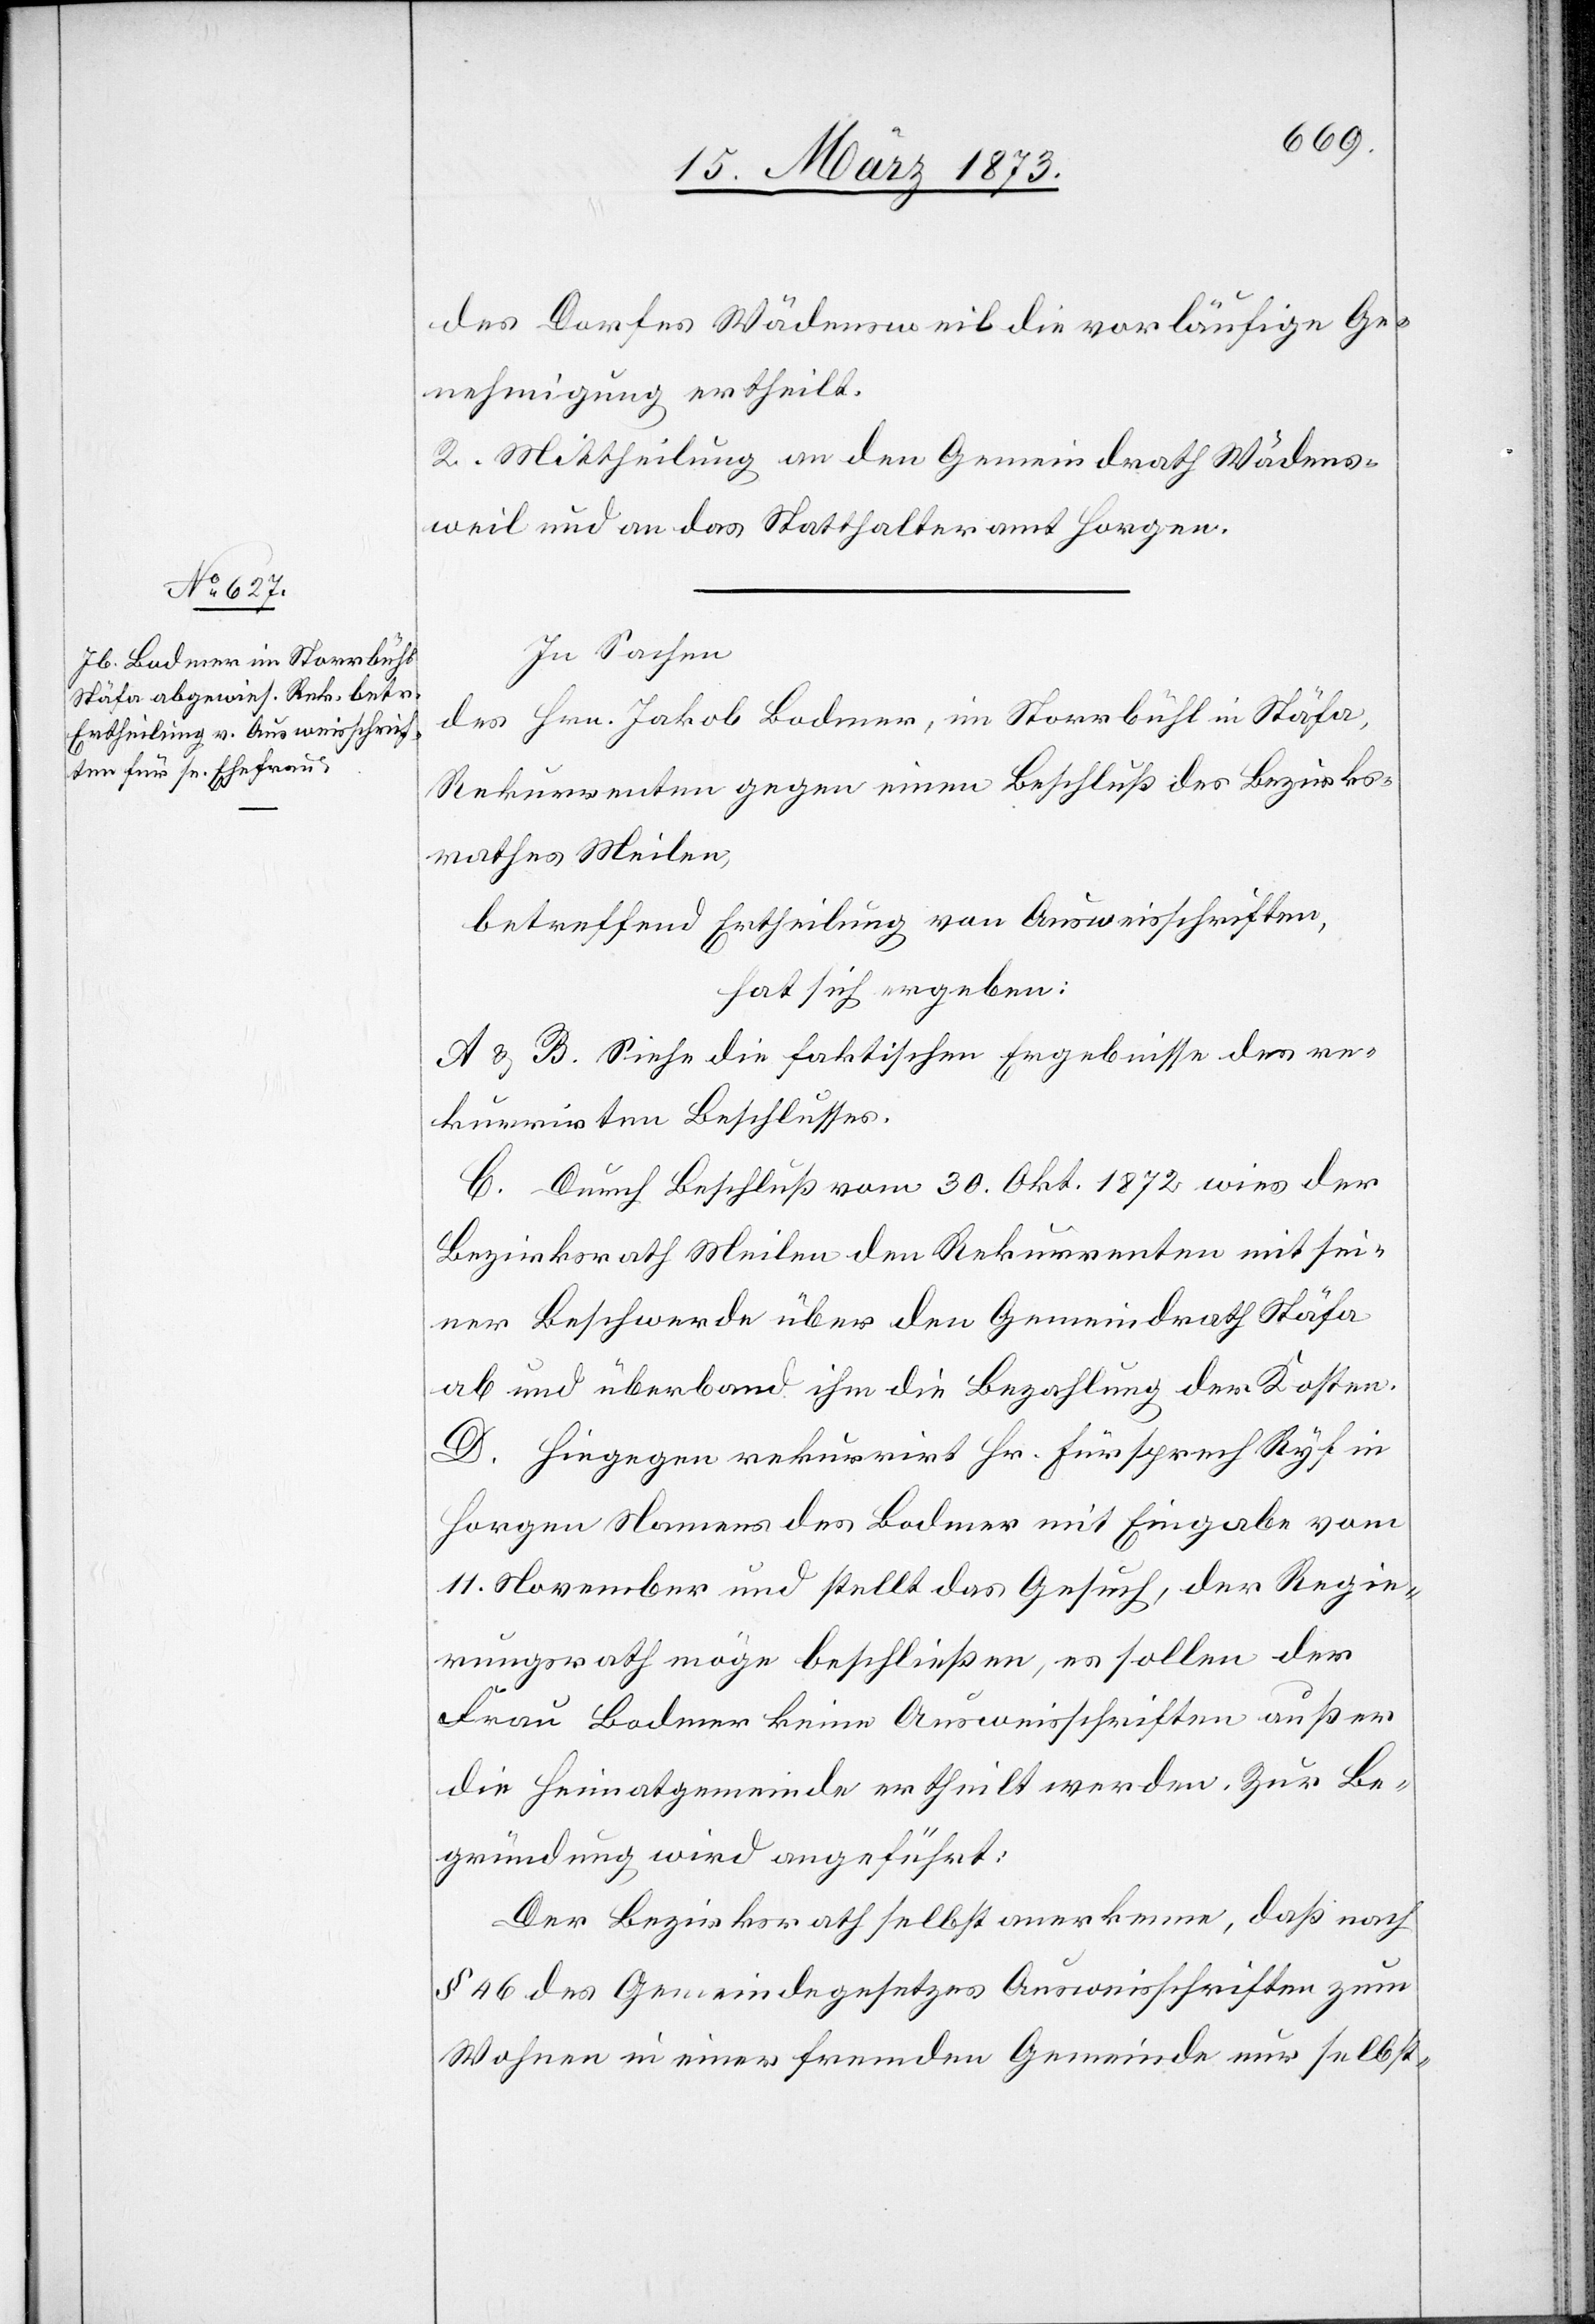
des Dorfes Wädensweil die vorläufige Ge¬
nehmigung ertheilt.
2. Mittheilung an den Gemeindrath Wädens¬
weil und an das Statthalteramt Horgen.
In Sachen
des Hrn. Jakob Bodmer, im Storrbühl in Stäfa,
Rekurrenten gegen einen Beschluß des Bezirks¬
rathes Meilen,
betreffend Ertheilung von Ausweisschriften,
hat sich ergeben:
A u. B. Siehe die faktischen Ergebnisse des re¬
kurrirten Beschlusses.
C. Durch Beschluß vom 30. Okt. 1872 wies der
Bezirksrath Meilen den Rekurrenten mit sei¬
ner Beschwerde über den Gemeindrath Stäfa
ab und überband ihm die Bezahlung der Kosten.
D. Hingegen rekurrirt Hr. Fürsprech Ryf in
Horgen Namens des Bodmer mit Eingabe vom
11. November und stellt das Gesuch, der Regie¬
rungsrath möge beschließen, es sollen der
Frau Bodmer keine Ausweisschriften außer
die Heimatgemeinde ertheilt werden. Zur Be¬
gründung wird angeführt:
Der Bezirksrath selbst anerkenne, daß nach
§ 46 des Gemeindegesetzes Ausweisschriften zum
Wohnen in einer fremden Gemeinde nur selbst-